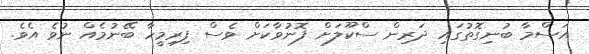
އަސްމާ ބުނިގޮތުގައި ދަރިން ސްކޫލަށް ފޮނުވާކަށް ވެސް ފިރިމީހާ ބޭނުމެއް ނުވެ އެވެ.